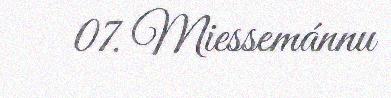
07. Miessemánnu